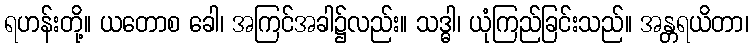
ရဟန်းတို့။ ယတောစ ခေါ၊ အကြင်အခါ၌လည်း။ သဒ္ဓါ၊ ယုံကြည်ခြင်းသည်။ အန္တရယိတာ၊